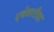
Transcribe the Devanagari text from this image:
एचेवररीता